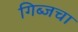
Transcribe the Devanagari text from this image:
गिब्जचा